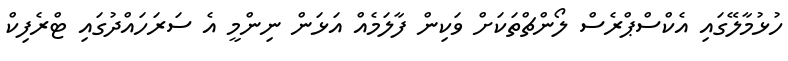
ހުޅުމާލޭގައި އެކްސްޕްރެސް ލޯންޗްތަކަށް ވަކިން ފާލަމެއް އަޅަން ނިންމީ އެ ސަރަހައްދުގައި ޓްރެފިކް